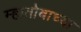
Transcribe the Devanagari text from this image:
म्हातोबाच्या